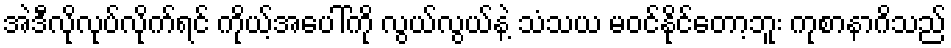
အဲဒီလိုလုပ်လိုက်ရင် ကိုယ့်အပေါ်ကို လွယ်လွယ်နဲ့ သံသယ မဝင်နိုင်တော့ဘူး ကုစာနာဂိသည်